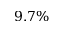
9 . 7 \%